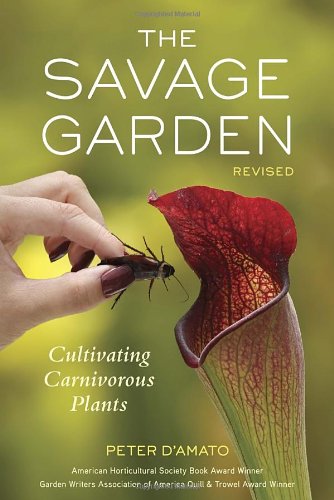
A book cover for The Savage Garden, Revised: Cultivating Carnivorous Plants; Peter D'Amato; Crafts, Hobbies & Home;